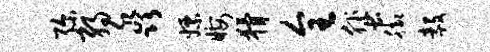
弥弱淼嫖晦猾全蜚脚毅